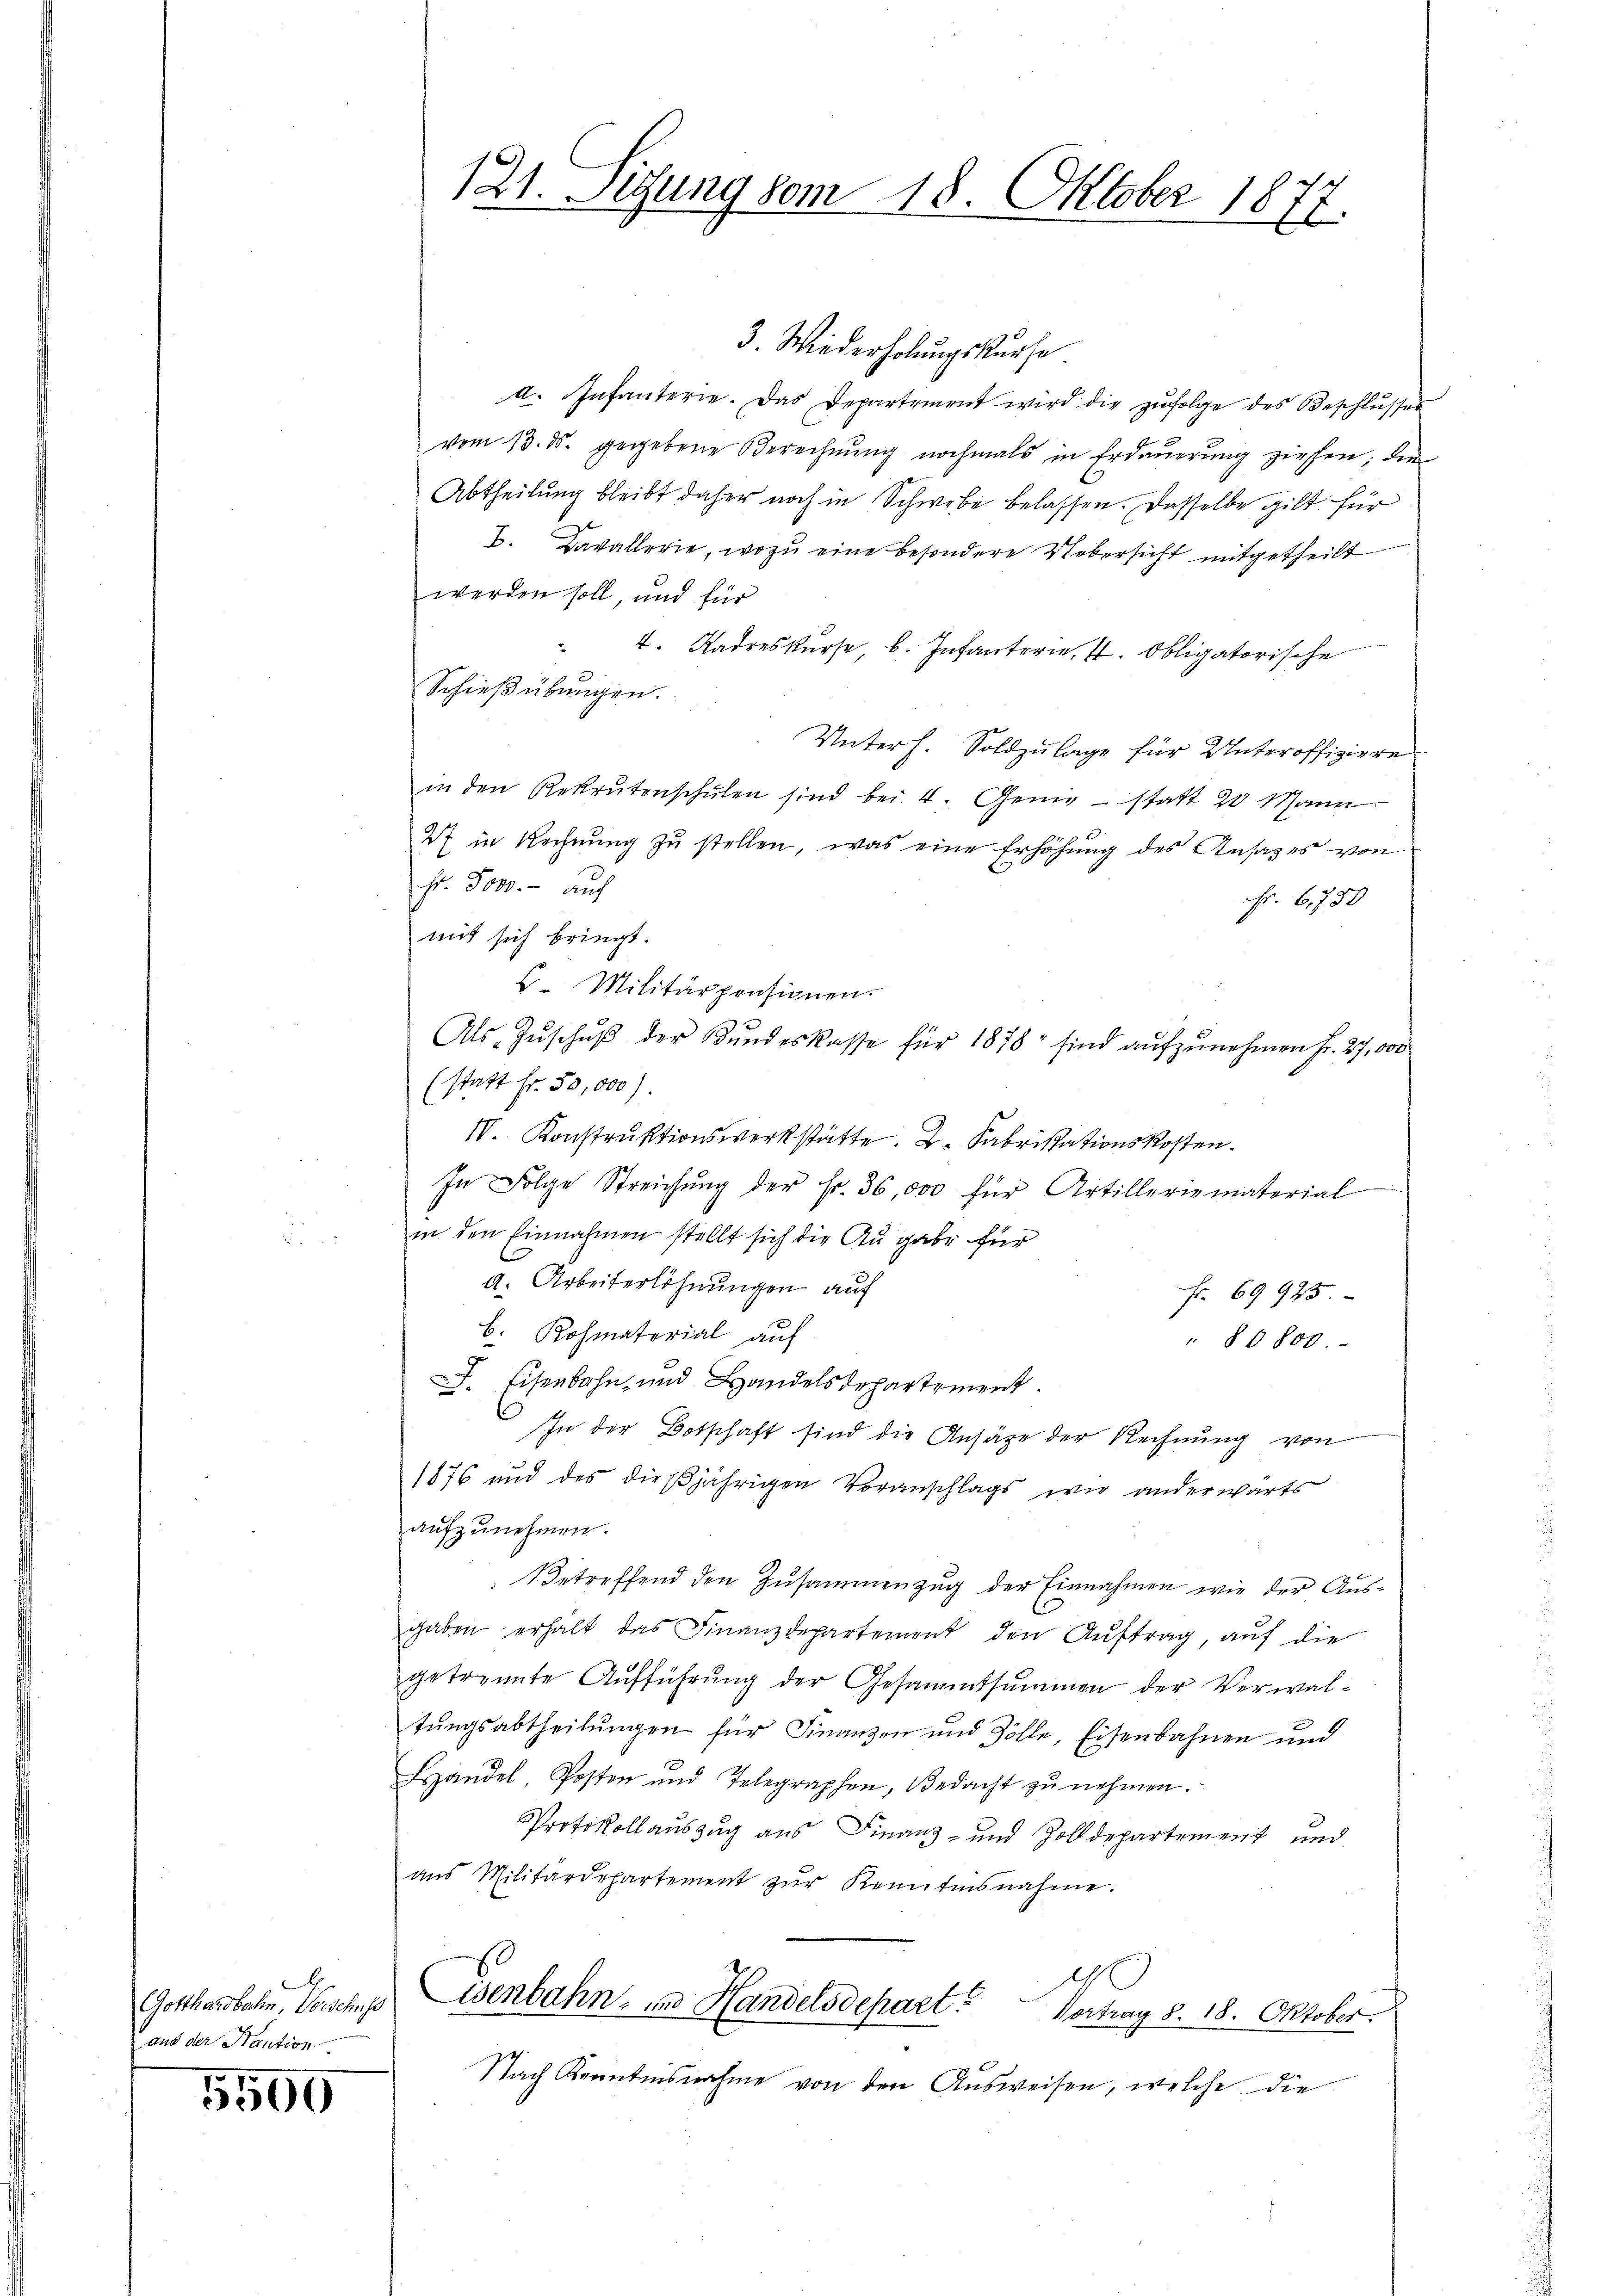
A
Gotthardbahn, Verschuss
aus der Staution

5500

121. Sitzung vom 18. Oktober 1877.

3. Wiederholungskurse
a. Infanterie. Das Departement wird die zŭfolge des Beschlŭsses
vom 13. ds. gegebene Berechnŭng nochmals in Erdaŭerŭng ziehen; die
Abtheilung bleibt daher noch in Schwebe belassen. Dasselbe gilt für
B. Davallerie, wozu eine besondere Uebersicht mitgetheilt
werden soll, und für
" 4. Radreskŭrse, b. Infanterie, 4. Obligatorische
Schießübungen.
Unterh. Soldzulage für Unteroffiziere
in den Rekrutenschŭlen sind bei. 4. Genie statt 20 Mann
I in Rechnung zu stellen, was eine Erhöhung des Ansatzes von
Fr. Joso. - auch
Fr. 6750
mit sich bringt.
F. Militärpensionen.
Als Zŭschŭβ der Kundeskasse für 1878 sind aŭfzŭnehmen Fr. 27,000
(statt Fr. 50,000)
IV. Konstruktionswerkstätte. 2. Fabrisationskosten.
In Folge Streichŭng der Fr. 36,000 für Artillerie material
in den Einnahmen stellt sich die Angabe für
d. Arbeiterlöhnungen auf
fr. 69925.
b. Rohmaterial auf
" § 6800.
F. Eisenbahn und Handelsdepartement.
In der Botschaft sind die Ansätze der Rechnung von
1876 und des dießjährigen Voranschlags wie anderwärts
aufzunehmen.
Betreffend den Zusammenzug der Einnahmen wie der Ausgaben erhalt das Finanzdepartement den Auftrag, auf die
getrannte Aufführung der Gesammtsummen der Verwaltŭngsabtheilŭngen für Finanzen und Zölle, Eisenbahnen und
Handel, Posten und Telegraphen, Bedacht zŭ nehmen.
Protokollauszug aus Finanz- und Zolldepartement und
ans Militärdepartement zŭr Kenntensnahme.
Cisenbahn, in Handelsdepart. Vortrag 8. 18. Oktober.
Nach Kenntnisnahme von den Ausweisen, welche die